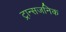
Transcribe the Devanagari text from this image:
ट्रान्सजनिक